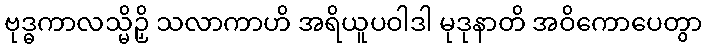
ဗုဒ္ဓကာလသ္မိဉှိ သလာကာဟိ အရိယူပဝါဒါ မုဒုနာတိ အဝိကောပေတွာ